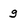
Character: g